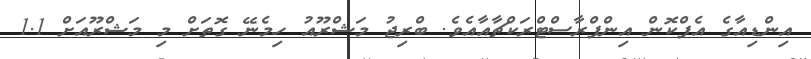
އިންޑިއާގެ އެފްކޮން އިންފްރާސްޓްރަކްޗާއާއެވެ. ބްރިޖު މަޝްރޫއު ހިމެނޭ ގޮތަށް މި މަޝްރޫއަށް 1.1